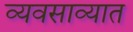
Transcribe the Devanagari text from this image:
व्यवसाव्यात